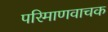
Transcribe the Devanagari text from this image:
परिमाणवाचक